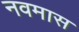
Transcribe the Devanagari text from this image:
नवमास